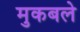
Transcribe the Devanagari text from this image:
मुकबले